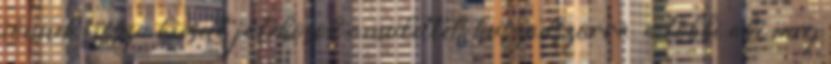
jönnek vissza kiesett játékosok.amulettel, huszadszorra, a többi aki meg